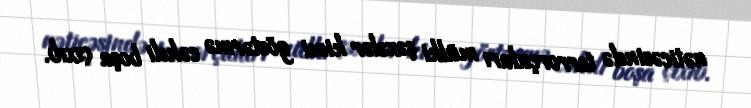
nəticəsində terrorçuları mülki şəxslər kimi göstərmə cəhdi boşa çıxıb.